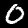
Digit: 0